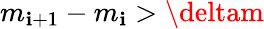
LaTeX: m_{\mathbf{i}+1}-m_{\mathbf{i}}>\deltam